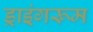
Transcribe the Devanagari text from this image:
ड्राइंगरूम